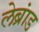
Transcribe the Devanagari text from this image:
लेब्रांड